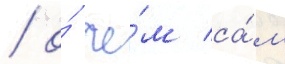
/ о́ че́м са́м